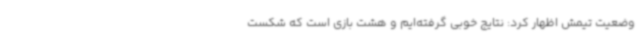
وضعیت تیمش اظهار کرد:‌ نتایج خوبی گرفته‌ایم و هشت بازی است که شکست